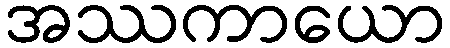
အဿကာယော